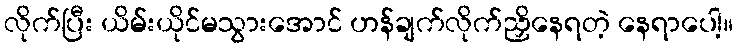
လိုက်ပြီး ယိမ်းယိုင်မသွားအောင် ဟန်ချက်လိုက်ညှိနေရတဲ့ နေရာပေါ့။